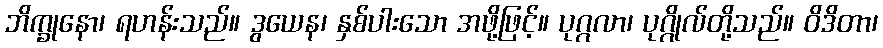
ဘိက္ခုနော၊ ရဟန်းသည်။ ဒွယေန၊ နှစ်ပါးသော အဖို့ဖြင့်။ ပုဂ္ဂလာ၊ ပုဂ္ဂိုလ်တို့သည်။ ဝိဒိတာ၊